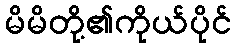
မိမိတို့၏ကိုယ်ပိုင်